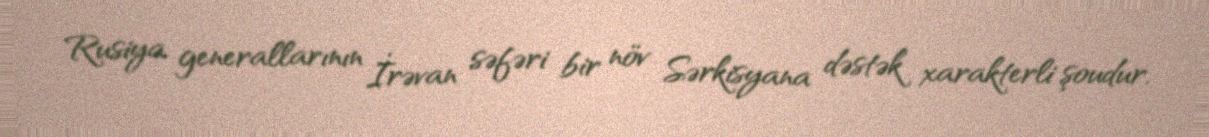
Rusiya generallarının İrəvan səfəri bir növ Sərkisyana dəstək xarakterli şoudur.